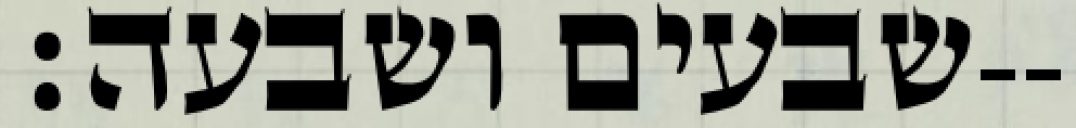
שבעים ושבעה׃--